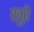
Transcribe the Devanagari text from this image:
खुरे